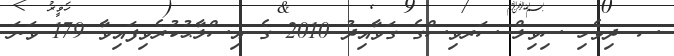
ސ. ދިވެހި ސިވިލް ސަރވިސްގެ ގަވާއިދު 2010 ގެ އިސްލާޙުކުރެވިފައިވާ 179 ވަނަ